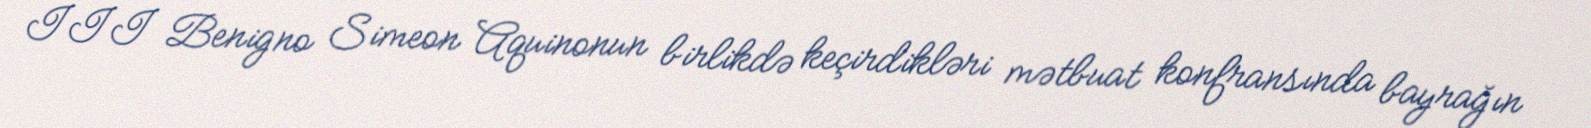
III Benigno Simeon Aquinonun birlikdə keçirdikləri mətbuat konfransında bayrağın